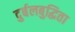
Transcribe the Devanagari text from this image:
दुर्बलबुद्धिता